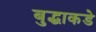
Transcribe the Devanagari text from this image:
बुद्धाकडे